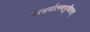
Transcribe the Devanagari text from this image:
परधर्मात्स्वनुष्ठितात्